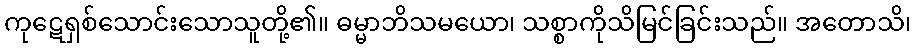
ကုဋေရှစ်သောင်းသောသူတို့၏။ ဓမ္မာဘိသမယော၊ သစ္စာကိုသိမြင်ခြင်းသည်။ အတောသိ၊